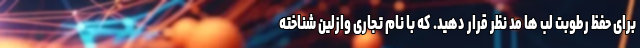
برای حفظ رطوبت لب ها مد نظر قرار دهید. که با نام تجاری وازلین شناخته